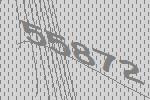
55872